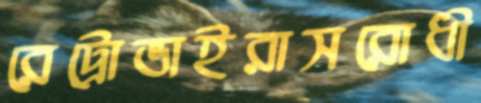
রেট্রোভাইরাসরোধী